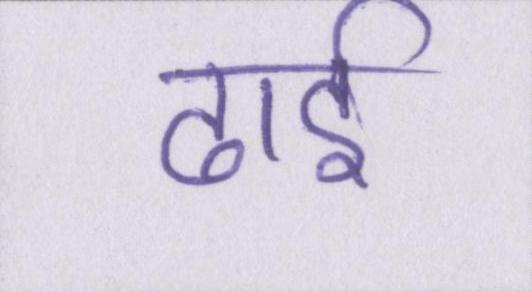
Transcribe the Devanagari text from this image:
ढाई